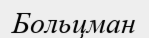
Больцман